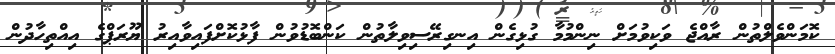
ކޮމަންވެލްތުން ރާއްޖެ ވަކިވުމަށް ނިންމުމާ ގުޅިގެން އިނގިރޭސިވިލާތުން ކަންބޮޑުވުން ފާޅުކޮށްފައިވާއިރު ޔޫރަޕްގެ އިއްތިހާދުން